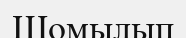
Шомылып